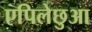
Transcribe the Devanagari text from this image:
एपिलेछुआ